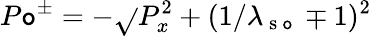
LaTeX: P\mathtt{o}^{\pm}=-\sqrt{}{{P_{x}^{2}+(1/\lambda_{\mathrm{{~s~\mathtt{o}~}}}\mp1)^{2}}}